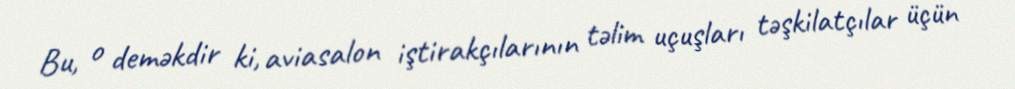
Bu, o deməkdir ki, aviasalon iştirakçılarının təlim uçuşları təşkilatçılar üçün